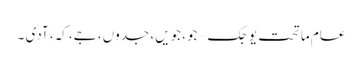
عام ماتحت یوجک – جو، جویں، جدوں، جے، کہ، آدی ۔